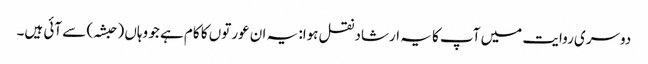
دوسری روایت میں آپ کا یہ ارشاد نقل ہوا: یہ ان عورتوں کا کام ہے جو وہاں (حبشہ) سے آئی ہیں۔